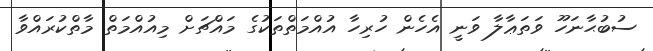
ސުބުޙާނަހޫ ވަތަޢާލާ ވަނީ އެހެން ހުރިހާ އުއްމަތްތަކުގެ މައްޗަށް މިއުއްމަތް މާތްކުރައްވާ